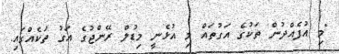
"މި އުފެއްދުން ތަކުގެ އަގުތައް މި އުޅެނީ މިޑުލް ރޭންޖުގެ އަގު ތަކެއްގައި.